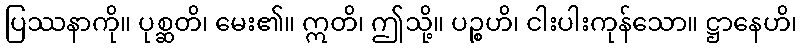
ပြဿနာကို။ ပုစ္ဆတိ၊ မေး၏။ ဣတိ၊ ဤသို့။ ပဉ္စဟိ၊ ငါးပါးကုန်သော။ ဋ္ဌာနေဟိ၊